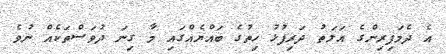
އެ ދެމަފިރިންގެ އަލަތު ދަރިފުޅު ހިތުގެ ބައްޔެއްގައި މާ ގިނަ ދުވަސްތަކެއް ނުވެ